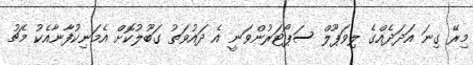
މިރޭ ގިނަ އަދަދެއްގެ ލިވަޕޫލް ސަޕޯޓަރުންވަނީ އެ ދައުވަތު ގަބޫލުކޮށް އެމަނިކުފާނާއެކު މެޗު